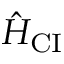
\hat { H } _ { \mathrm { C I } }